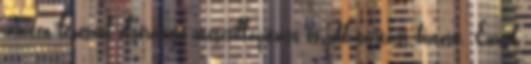
minden lépésnél elsőrangú ütéscsillapítást és jobb tartást biztosít. Ennek